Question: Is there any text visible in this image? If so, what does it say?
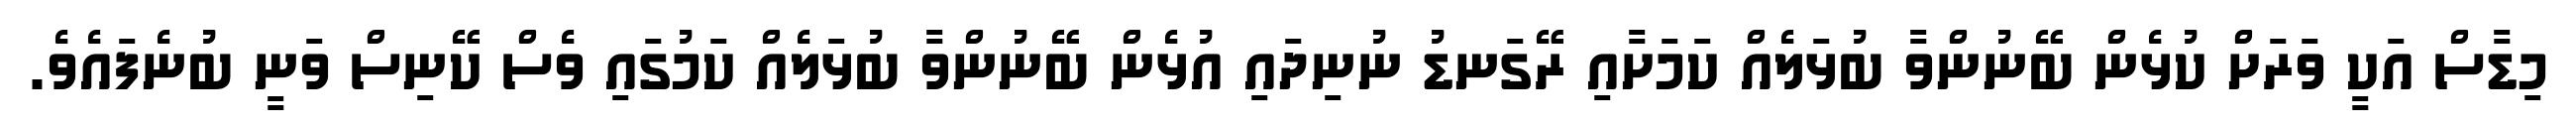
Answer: މިޑާސް އަކީ ވަރަށް ކުޅެން ބޭނުންވާ ބުޅަލެއް ކަމަށާއި ރޭގަނޑު ނުނިދައި އުޅެން ބޭނުންވާ ބުޅަލެއް ކަމުގައި ވެސް ކޭނިސް ވަނީ ބުނެފައެވެ.